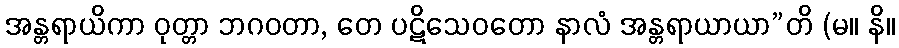
အန္တရာယိကာ ဝုတ္တာ ဘဂဝတာ, တေ ပဋိသေဝတော နာလံ အန္တရာယာယာ”တိ (မ။ နိ။